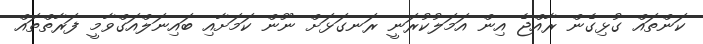
ކަންތައް ގުޅިގެން ރާއްޖެ އިން އަމަލުކުރަނީ ރަނގަޅަށް ނޫން ކަމަށާއި ބައިނަލްއަގްވާމީ ފަރާތްތައް